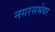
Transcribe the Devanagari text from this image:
नगरसभेवर